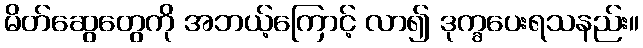
မိတ်ဆွေတွေကို အဘယ့်ကြောင့် လာ၍ ဒုက္ခပေးရသနည်း။